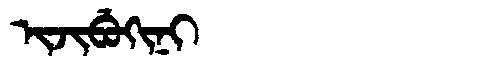
Manchu: ᡳᠵᡳᠪᡠᡴᡳᠨᡳ
Romanization: IJIBUKINI